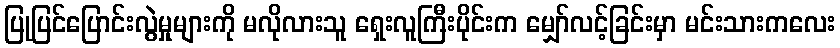
ပြုပြင်ပြောင်းလွဲမှုများကို မလိုလားသူ ရှေးလူကြီးပိုင်းက မျှော်လင့်ခြင်းမှာ မင်းသားကလေး